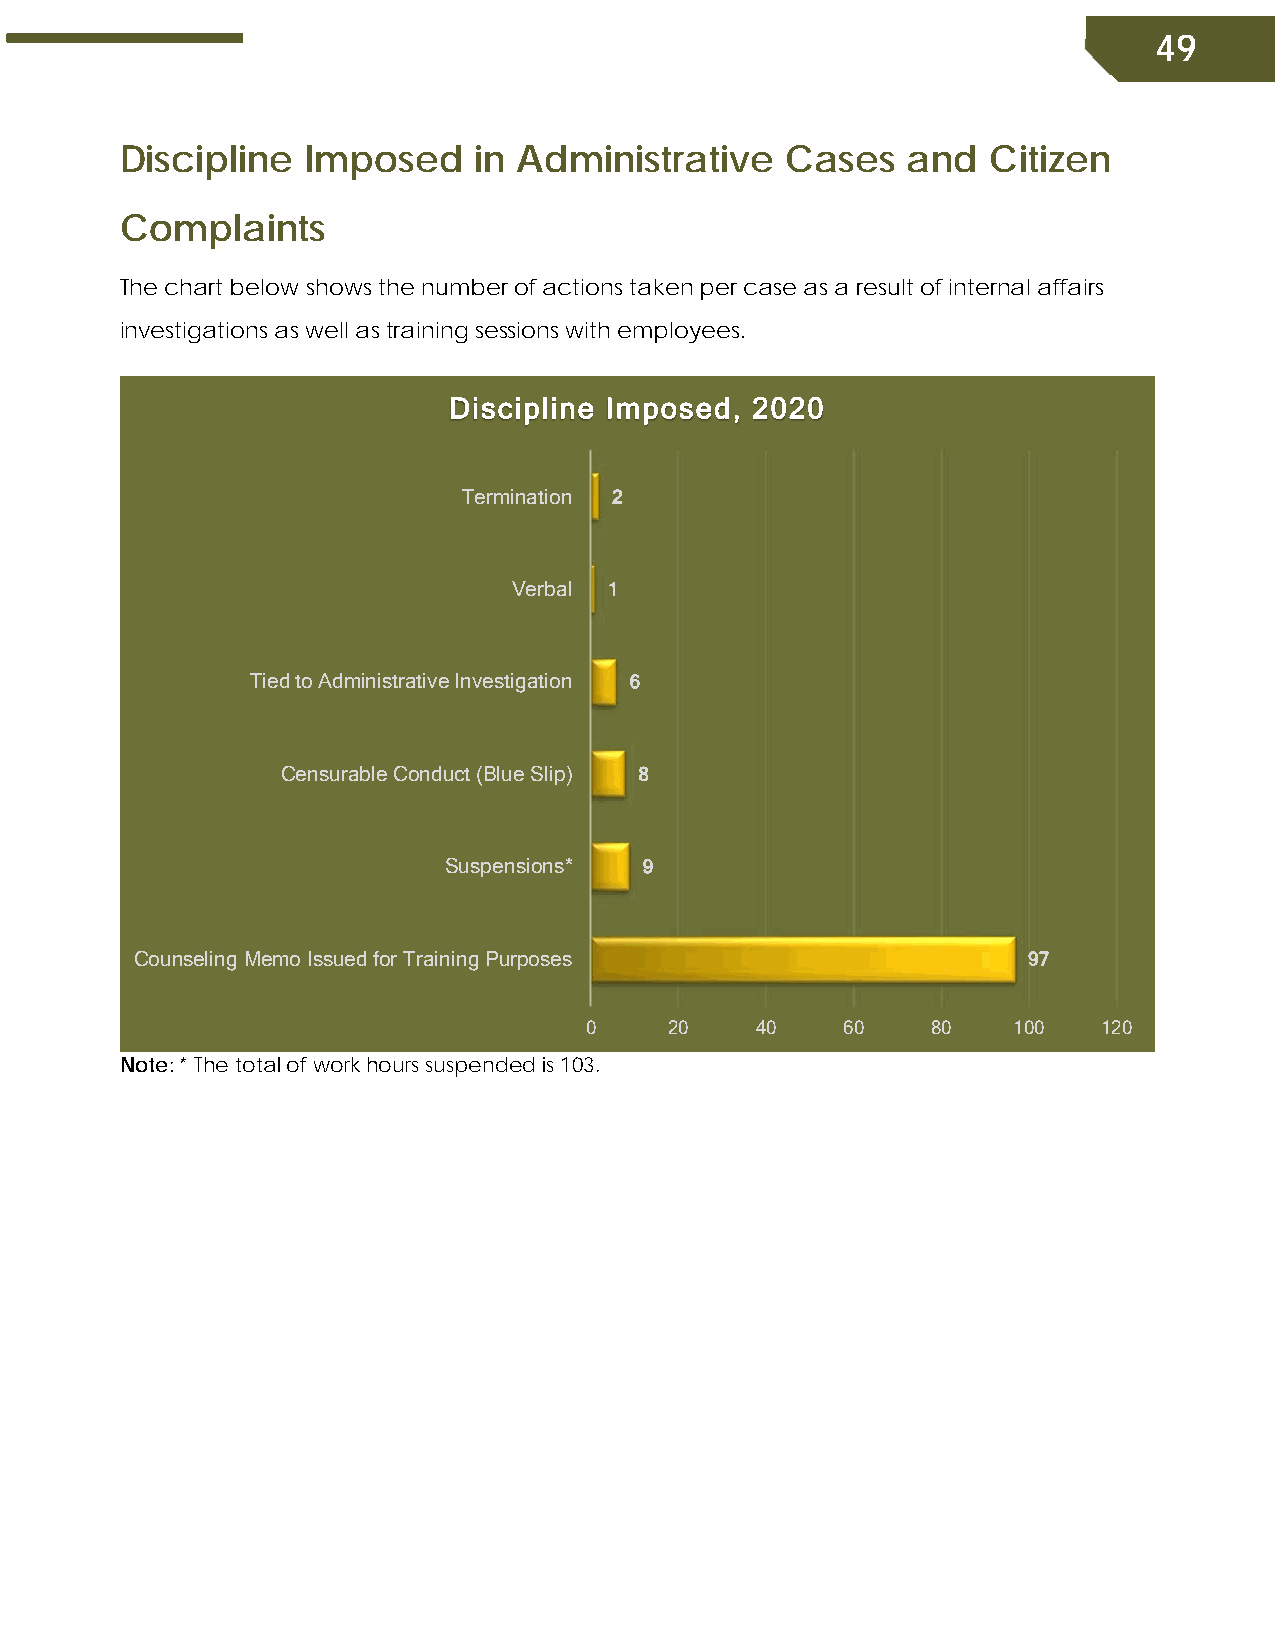
49
 Discipline  Imposed    in Administrative    Cases   and  Citizen
 Complaints
 The chart below shows the number of actions taken per case as a result of internal affairs
 investigations as well as training sessions with employees.
 Discipline Imposed, 2020
 Termination 2
 Verbal 1
 Tied to Administrative Investigation 6
 Censurable Conduct (Blue Slip) 8
 Suspensions*  9
 Counseling Memo Issued for Training Purposes               97
 0    20    40    60    80   100   120
 Note: * The total of work hours suspended is 103.